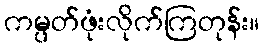
ကမ္ပတ်ဖုံးလိုက်ကြတုန်း။